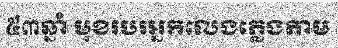
៥៣ឆ្នាំ មុខរបរអ្នកលេងភ្លេងតាម